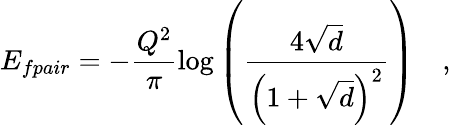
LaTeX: E_{fpair}=-\frac{Q^{2}}{\pi}\log\left(\frac{4\sqrt{d}}{\left(1+\sqrt{d}\right)^{2}}\right)\quad,